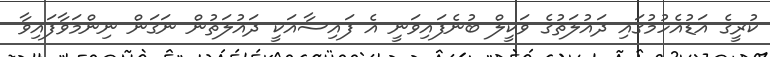
ކުރީގެ އަޑުއެހުމުގައި ދައުލަތުގެ ވަކީލް ބުނެފައިވަނީ އެ ފައިސާއަކީ ދައުލަތުން ނަގަން ނިންމަވާފައިވާ